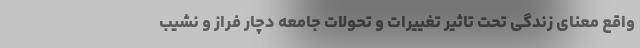
واقع معنای زندگی تحت تاثیر تغییرات و تحولات جامعه دچار فراز و نشیب